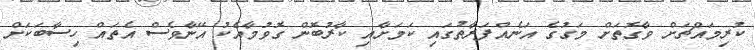
ކުރިމައްޗަށް ވާގޮތަށް މަގުގެ އަނެއްފަރާތުގައި ކަމަށާއި ކާރުބޮން ގޮވުމާއެކު އޭނާވެސް އެތައް ހިސާބަކަށް